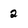
Character: 2